Annual statistical returns and brief notes on vaccination in Bengal - 1909-1929
Year: 1909
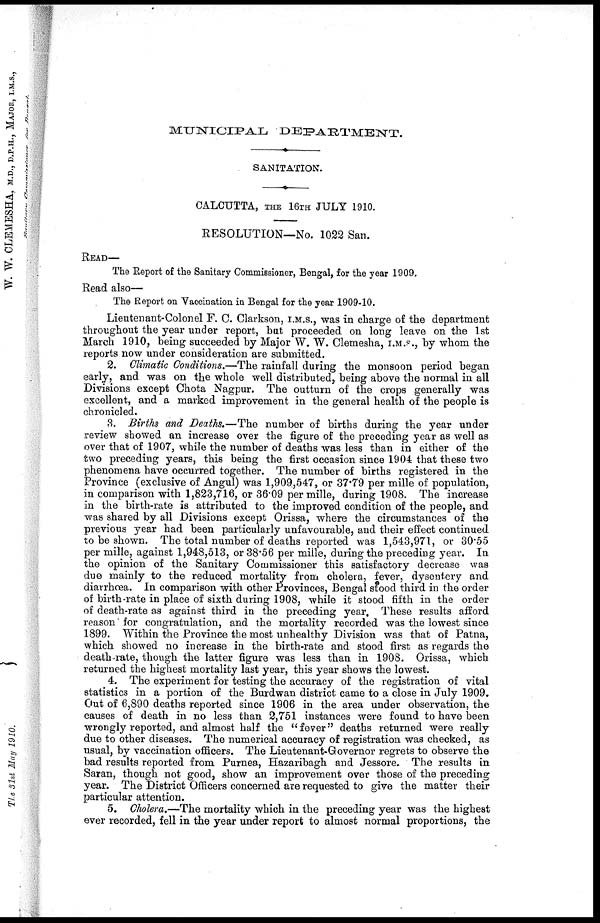
MUNICIPAL
DEPARTMENT.
SANITATION.
CALCUTTA, THE 16TH JULY 1910.
RESOLUTION—No. 1022 San.
READ—
The Report of the Sanitary Commissioner, Bengal, for the year 1909.
Read also—
The Report on Vaccination in Bengal for the year 1909-10.
Lieutenant-Colonel F. C. Clarkson, I.M.S., was in charge of the department
throughout the year under report, but proceeded on long leave on the 1st
March 1910, being succeeded by Major W. W. Clemesha, I.M.S., by whom the
reports now under consideration are submitted.
2. Climatic Conditions.—The rainfall during the monsoon period began
early, and was on the whole well distributed, being above the normal in all
Divisions except Chota Nagpur. The outturn of the crops generally was
excellent, and a marked improvement in the general health of the people is
chronicled.
3. Births and Deaths.—The number of births during the year under
review showed an increase over the figure of the preceding year as well as
over that of 1907, while the number of deaths was less than in either of the
two preceding years, this being the first occasion since 1904 that these two
phenomena have occurred together. The number of births registered in the
Province (exclusive of Angul) was 1,909,547, or 37.79 per mille of population,
in comparison with 1,823,716, or 36.09 per mille, during 1908. The increase
in the birth-rate is attributed to the improved condition of the people, and
was shared by all Divisions except Orissa, where the circumstances of the
previous year had been particularly unfavourable, and their effect continued
to be shown. The total number of deaths reported was 1,543,971, or 30.55
per mille, against 1,948,513, or 38.56 per mille, during the preceding year. In
the opinion of the Sanitary Commissioner this satisfactory decrease was
due mainly to the reduced mortality from cholera, fever, dysentery and
diarrhœa. In comparison with other Provinces, Bengal stood third in the order
of birth-rate in place of sixth during 1908, while it stood fifth in the order
of death-rate as against third in the preceding year. These results afford
reason' for congratulation, and the mortality recorded was the lowest since
1899. Within the Province the most unhealthy Division was that of Patna,
which showed no increase in the birth-rate and stood first as regards the
death-rate, though the latter figure was less than in 1908. Orissa, which
returned the highest mortality last year, this year shows the lowest.
4. The experiment for testing the accuracy of the registration of vital
statistics in a portion of the Burdwan district came to a close in July 1909.
Out of 6,890 deaths reported since 1906 in the area under observation, the
causes of death in no less than 2,751 instances were found to have been
wrongly reported, and almost half the "fever" deaths returned were really
due to other diseases. The numerical accuracy of registration was checked, as
usual, by vaccination officers. The Lieutenant-Governor regrets to observe the
bad results reported from Purnea, Hazaribagh and Jessore. The results in
Saran, though not good, show an improvement over those of the preceding
year. The District Officers concerned are requested to give the matter their
particular attention.
5. Cholera.—The mortality which in the preceding year was the highest
ever recorded, fell in the year under report to almost normal proportions, the